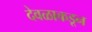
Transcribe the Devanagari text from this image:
देवळाकडून